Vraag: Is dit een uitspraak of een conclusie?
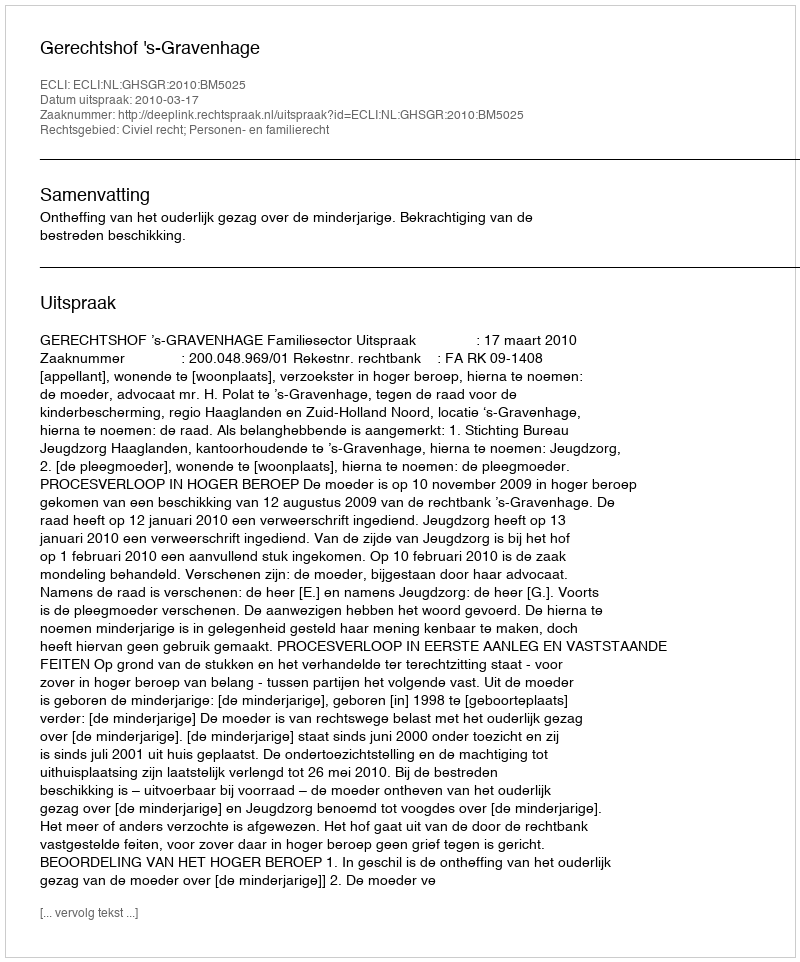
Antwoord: Uitspraak